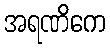
အရဏိကေ